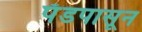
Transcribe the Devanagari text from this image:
पॅडपासून